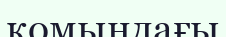
қомындағы